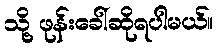
သို့ ဖုန်းခေါ်ဆိုရပါမယ်။